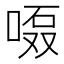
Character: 𱓘